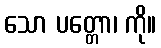
သော ပတ္တော၊ ကို။